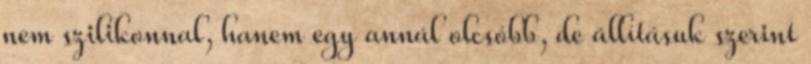
nem szilikonnal, hanem egy annál olcsóbb, de állításuk szerint